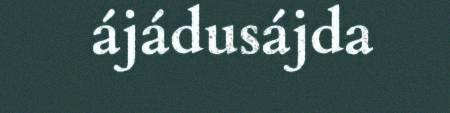
ájádusájda